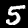
Label: 5